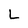
Character: L